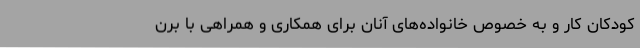
کودکان کار و به خصوص خانواده‌های آنان برای همکاری و همراهی با برن